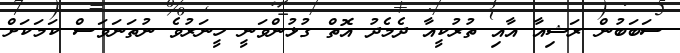
ސަބަބުން ރަޝިއާ އާއި ތުރުކީއާ ދެމެދު އޮތް ގުޅުންވަނީ ހީނަރުވެ ނުތަނަވަސް ކަމަކަށް